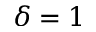
\delta = 1